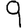
Digit: 9